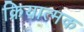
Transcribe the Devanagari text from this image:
क्रियात्‍मक